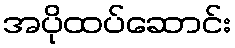
အပိုထပ်ဆောင်း